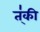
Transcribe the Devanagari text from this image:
त्॑की